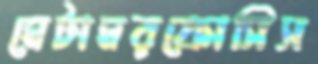
মেটামরফোসিস